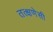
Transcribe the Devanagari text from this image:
तत्क्षणेसी